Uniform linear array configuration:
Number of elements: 64
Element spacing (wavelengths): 1
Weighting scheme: hann
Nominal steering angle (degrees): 60
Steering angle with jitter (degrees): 59.942
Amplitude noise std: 0.05
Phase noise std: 0.05

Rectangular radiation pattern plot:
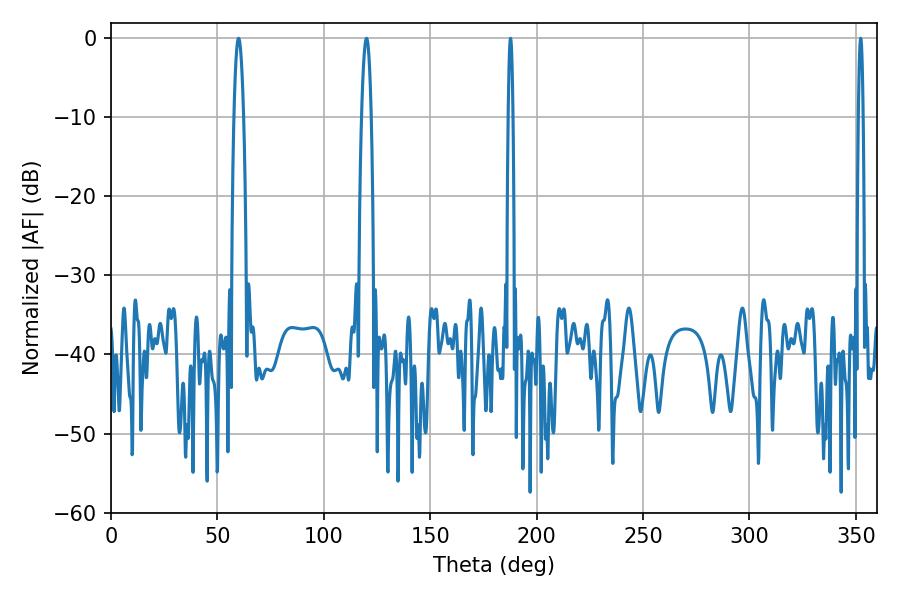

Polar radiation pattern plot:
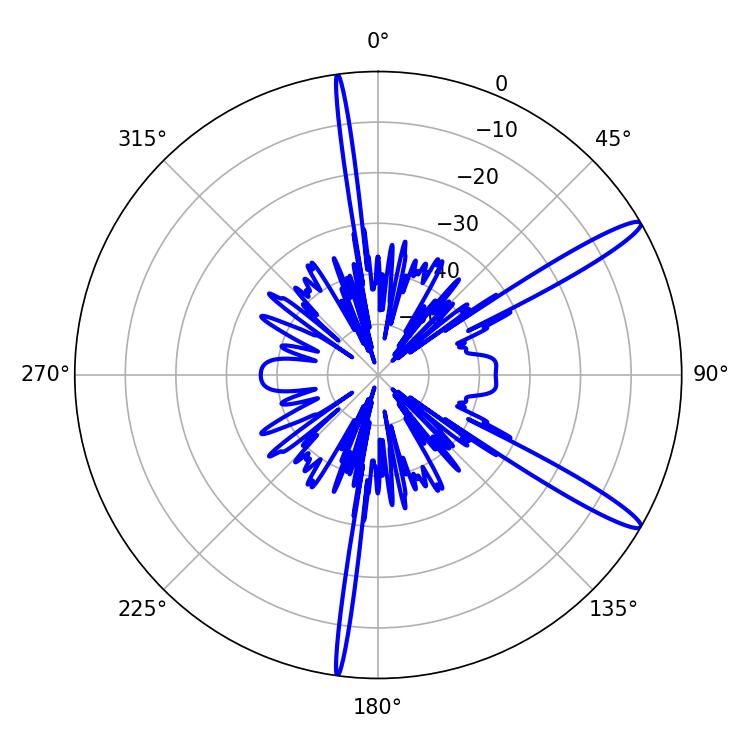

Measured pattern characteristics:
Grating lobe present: TRUE
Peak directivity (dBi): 14.201
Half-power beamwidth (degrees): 2.52
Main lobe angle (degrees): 59.94